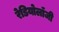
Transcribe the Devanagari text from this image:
रेडियोलॉंजी